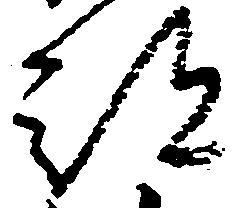
部